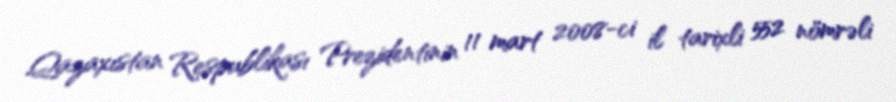
Qazaxıstan Respublikası Prezidentinin 11 mart 2008-ci il tarixli 552 nömrəli